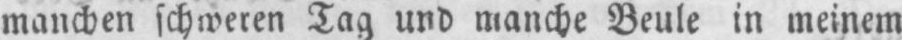
manchen schweren Tag und manche Beule in meinem